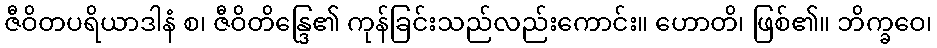
ဇီဝိတပရိယာဒါနံ စ၊ ဇီဝိတိန္ဒြေ၏ ကုန်ခြင်းသည်လည်းကောင်း။ ဟောတိ၊ ဖြစ်၏။ ဘိက္ခဝေ၊